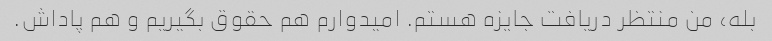
بله، من منتظر دریافت جایزه هستم. امیدوارم هم حقوق بگیریم و هم پاداش.